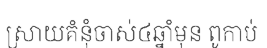
ស្រាយគំនុំចាស់៤ឆ្នាំមុន ពូកាប់